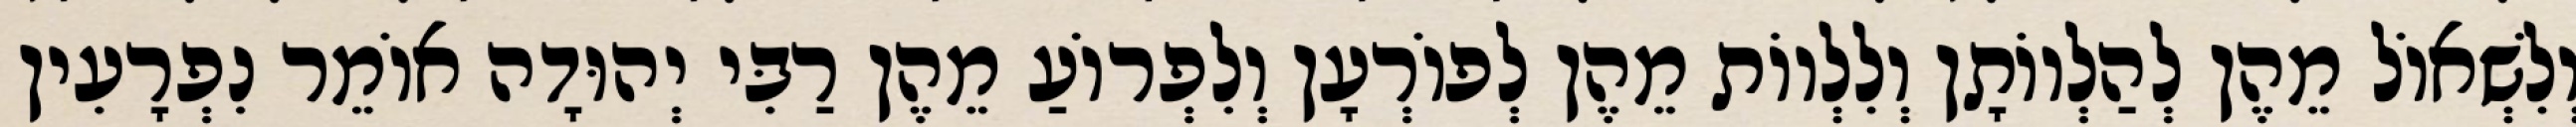
וְלִשְׁאוֹל מֵהֶן לְהַלְווֹתָן וְלִלְווֹת מֵהֶן לְפוֹרְעָן וְלִפְרוֹעַ מֵהֶן רַבִּי יְהוּדָה אוֹמֵר נִפְרָעִין